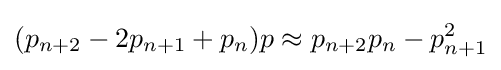
(p_{n+2}-2p_{n+1}+p_{n})p\approx p_{n+2}p_{n}-p_{n+1}^{2}